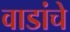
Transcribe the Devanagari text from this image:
वाडांचे